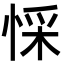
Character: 㥒